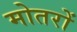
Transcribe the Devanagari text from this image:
मोतरों